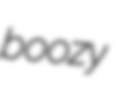
boozy